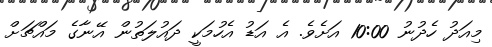
މިއަދު ހެދުނު 10:00 އަށެވެ. އެ އަޑު އެހުމަކީ ދައުލަތުން އޭނާގެ މައްޗަށް